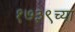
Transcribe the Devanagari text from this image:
१७३९च्या